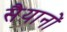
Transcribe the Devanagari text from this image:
सैयानों